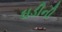
ઘડીની